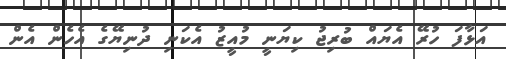
އަޅާފަ ހުރޭ އެޔައް ބުރިޖު ކިޔަނީ މުއީޒު އެކަނި ދުނިޔޭގެ އެހެން އެން